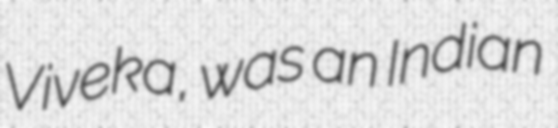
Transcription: Viveka, was an Indian